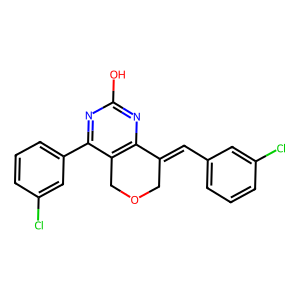
SMILES: Oc1nc2c(c(-c3cccc(Cl)c3)n1)COCC2=Cc1cccc(Cl)c1
Inhibits HIV replication: No